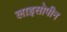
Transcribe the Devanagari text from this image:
लाइसोपीन